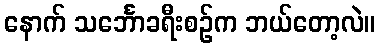
နောက် သင်္ဘောခရီးစဉ်က ဘယ်တော့လဲ။